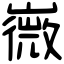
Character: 嶶